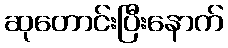
ဆုတောင်းပြီးနောက်